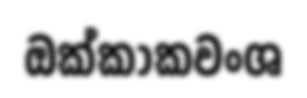
ඔක්කාකවංශ